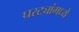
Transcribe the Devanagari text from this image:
घरट्यांमध्ये